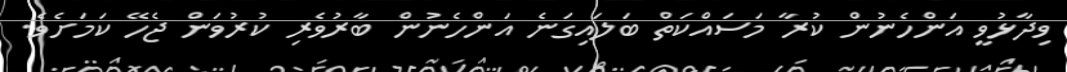
ވިދާޅުވީ އަންހެނުން ކުރާ މަސައްކަތް ބަލައިގަނެ އަންހެނުން ބާރުވެރި ކުރުވަން ޖެހޭ ކަމަށެވެ.